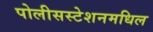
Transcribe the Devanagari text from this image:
पोलीसस्टेशनमधिल